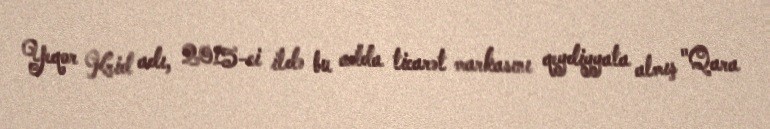
Yeqor Krid adı, 2015-ci ildə bu adda ticarət markasını qeydiyyata almış "Qara